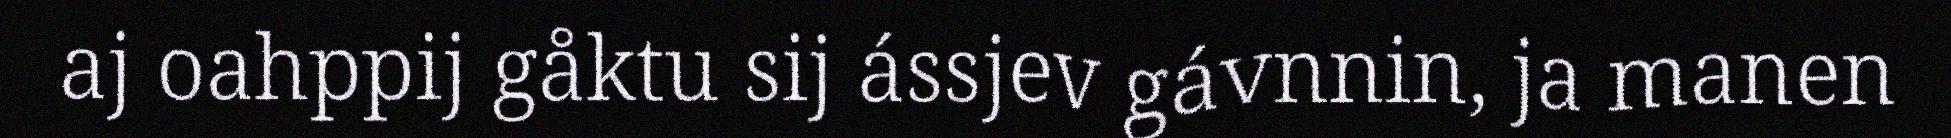
aj oahppij gåktu sij ássjev gávnnin, ja manen